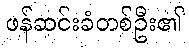
ဖန်ဆင်းခံတစ်ဦး၏